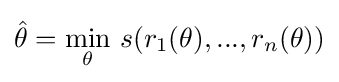
{\hat {\theta }}=\min _{\theta }\,s(r_{1}(\theta ),...,r_{n}(\theta ))